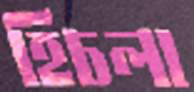
হিচলা